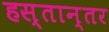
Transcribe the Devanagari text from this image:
हस्तान्तर